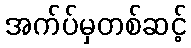
အက်ပ်မှတစ်ဆင့်